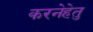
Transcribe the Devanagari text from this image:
करनेहेतु